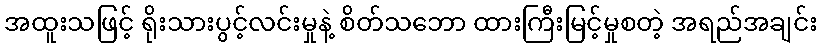
အထူးသဖြင့် ရိုးသားပွင့်လင်းမှုနဲ့ စိတ်သဘော ထားကြီးမြင့်မှုစတဲ့ အရည်အချင်း